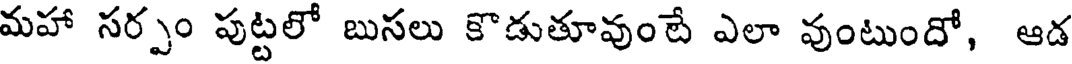
మహా సర్పం పుట్టలో బుసలు కొడుతూవుంటే ఎలా వుంటుందో, ఆడ